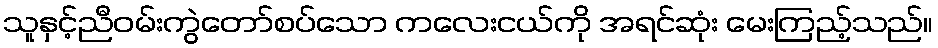
သူနှင့်ညီဝမ်းကွဲတော်စပ်သော ကလေးငယ်ကို အရင်ဆုံး မေးကြည့်သည်။